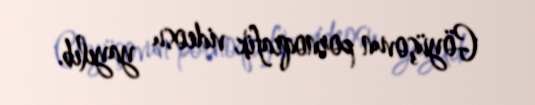
Göyüşovun pornoqrafik videosu yayılıb.